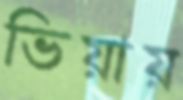
ভিয়ায়